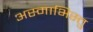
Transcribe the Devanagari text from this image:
अस्माभिस्तु